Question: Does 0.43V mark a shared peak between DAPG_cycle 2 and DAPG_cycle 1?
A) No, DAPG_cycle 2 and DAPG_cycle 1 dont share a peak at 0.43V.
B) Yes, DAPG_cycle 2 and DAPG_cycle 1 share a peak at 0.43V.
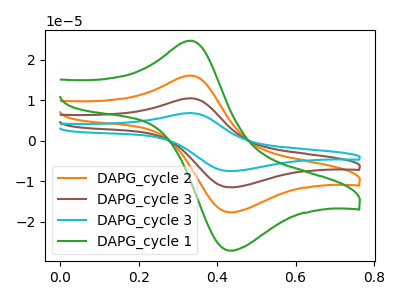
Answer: <think>The orange curve "DAPG_cycle 2" has an anodic peak at (0.35V, 16.10uA) and a cathodic peak at (0.45V, -17.70uA). The brown curve "DAPG_cycle 3" has an anodic peak at (0.35V, 32.20uA) and a cathodic peak at (0.45V, -35.40uA). The cyan curve "DAPG_cycle 3" has an anodic peak at (0.35V, 48.30uA) and a cathodic peak at (0.45V, -53.10uA). The green curve "DAPG_cycle 1" has an anodic peak at (0.35V, 24.75uA) and a cathodic peak at (0.45V, -27.15uA).</think>
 <answer>B) Yes, "DAPG_cycle 2" and "DAPG_cycle 1" share a peak at 0.43V.</answer>
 <eval>B</eval>